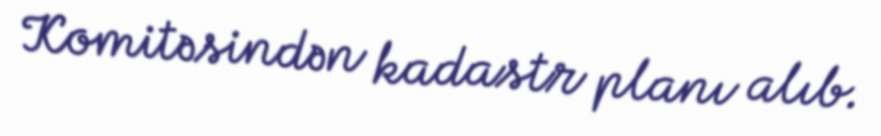
Komitəsindən kadastr planı alıb.